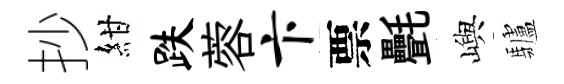
抄紺跌蓉卞票㲲嶼驢